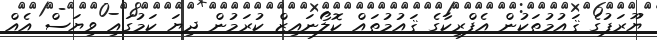
ޔޫރަޕުގެ ޤައުމުތަކުން އެފްރިކާގެ ޤައުމުތައް ކޮލޯނައިޒް ކުރަމުން ދިޔަ ކަމުގައި ވިޔަސް އެއް